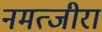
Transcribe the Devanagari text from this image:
नमत्जीरा